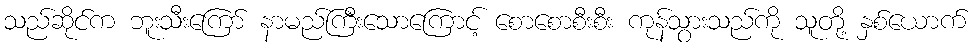
သည်ဆိုင်က ဘူးသီးကြော် နာမည်ကြီးသောကြောင့် စောစောစီးစီး ကုန်သွားသည်ကို သူတို့ နှစ်ယောက်